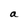
Character: a